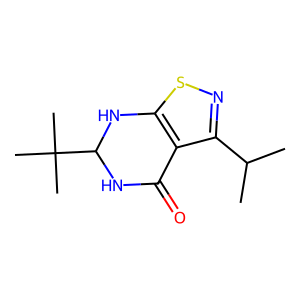
SMILES: CC(C)c1nsc2c1C(=O)NC(C(C)(C)C)N2
Inhibits HIV replication: No